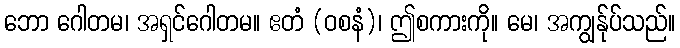
ဘော ဂေါတမ၊ အရှင်ဂေါတမ။ ဧတံ (ဝစနံ)၊ ဤစကားကို။ မေ၊ အကျွန်ုပ်သည်။